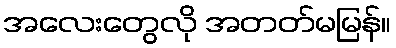
အလေးတွေလို အတတ်မမြန်။